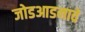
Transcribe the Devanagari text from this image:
जोडआडनावे